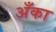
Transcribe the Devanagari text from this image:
अँका